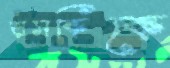
হাসকিকে